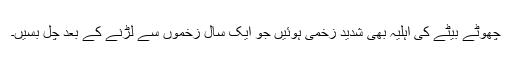
چھوٹے بیٹے کی اہلیہ بھی شدید زخمی ہوئیں جو ایک سال زخموں سے لڑنے کے بعد چل بسیں۔